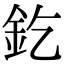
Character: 釳